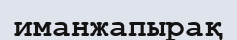
иманжапырақ